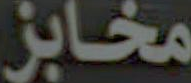
مخابز